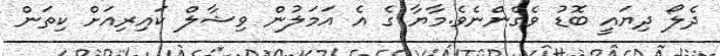
ދެލޯ ދިޔައީ ބޮޑު ވެގެންނެވެ.މާޔާ ގެ އެ އަމަލުން ވިޝާލް ކައިރިއަށް ކިތަން